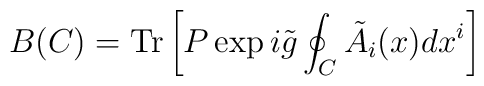
B(C) = {\rm Tr} \left[ P \exp i \tilde{g} \oint_C \tilde{A}_i(x) dx^i \right]